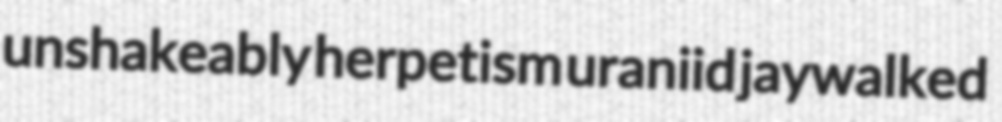
unshakeably herpetism uraniid jaywalked